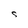
Character: S